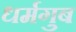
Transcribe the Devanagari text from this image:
धर्मगुब